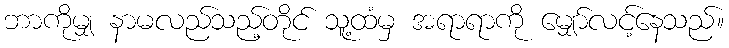
ဘာကိုမျှ နာမလည်သည့်တိုင် သူ့ထံမှ အရာရာကို မျှော်လင့်နေသည်။